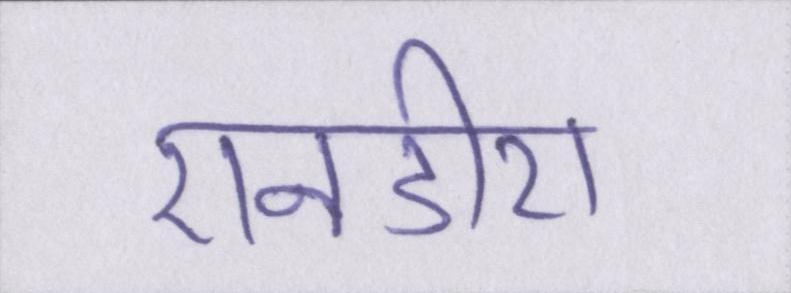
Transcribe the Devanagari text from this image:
एनडीए